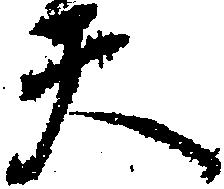
天